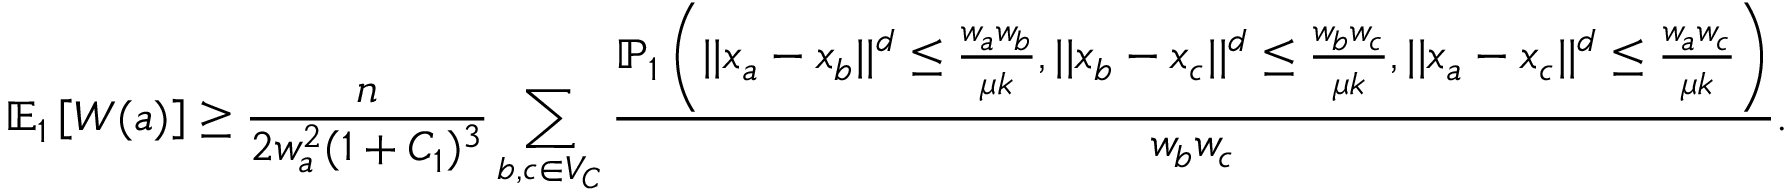
\mathbb { E } _ { 1 } \left[ W ( a ) \right] \geq \frac { n } { 2 w _ { a } ^ { 2 } ( 1 + C _ { 1 } ) ^ { 3 } } \sum _ { b , c \in V _ { C } } \frac { \mathbb { P } _ { 1 } \left( | | x _ { a } - x _ { b } | | ^ { d } \leq \frac { w _ { a } w _ { b } } { \mu k } , | | x _ { b } - x _ { c } | | ^ { d } \leq \frac { w _ { b } w _ { c } } { \mu k } , | | x _ { a } - x _ { c } | | ^ { d } \leq \frac { w _ { a } w _ { c } } { \mu k } \right) } { w _ { b } w _ { c } } .